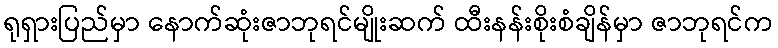
ရုရှားပြည်မှာ နောက်ဆုံးဇာဘုရင်မျိုးဆက် ထီးနန်းစိုးစံချိန်မှာ ဇာဘုရင်က